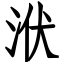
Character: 洑